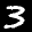
Label: 3